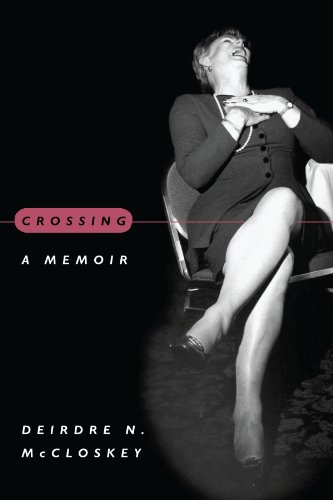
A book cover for Crossing: A Memoir; Deirdre N. McCloskey; Gay & Lesbian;